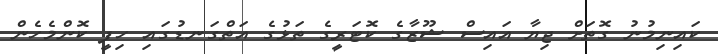
ކައިނިމުނު ގޮތަށް ޖިޔާ އައިސް ޝޫޒާގެ ކޮޓަރީގެ ތަޅުގެ އަތްގަނޑުގައި ހިފީ ކޮންމެހެން